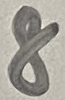
Text: 8